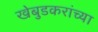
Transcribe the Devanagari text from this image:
खेबुडकरांच्या